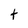
Character: t